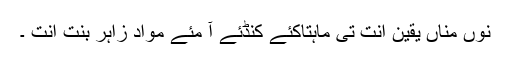
نوں مناں یقین اِنت تی ماہتاکئے کنڈئے آ مئے مواد زاہر بنت اِنت ۔